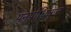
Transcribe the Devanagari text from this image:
पुनर्प्राधिकृत